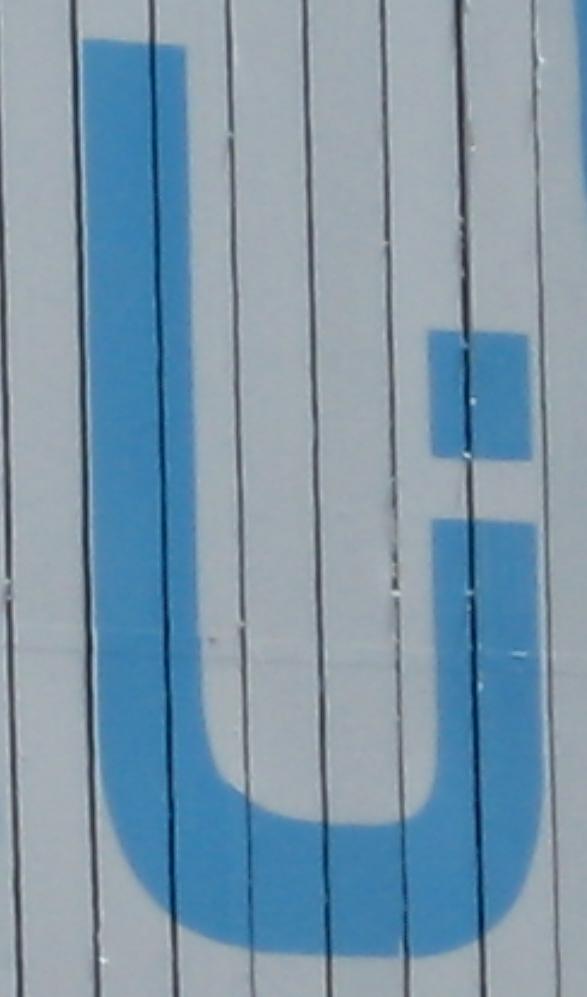
نا